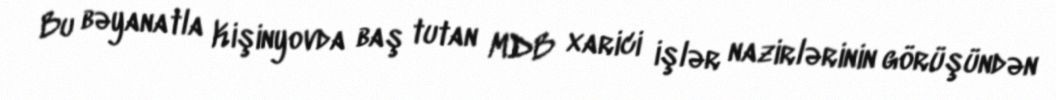
Bu bəyanatla Kişinyovda baş tutan MDB xarici işlər nazirlərinin görüşündən